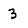
Character: 3